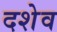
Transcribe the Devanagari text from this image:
दशेव